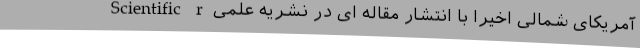
آمریکای شمالی اخیرا با انتشار مقاله ای در نشریه علمی Scientific r